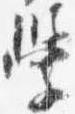
学